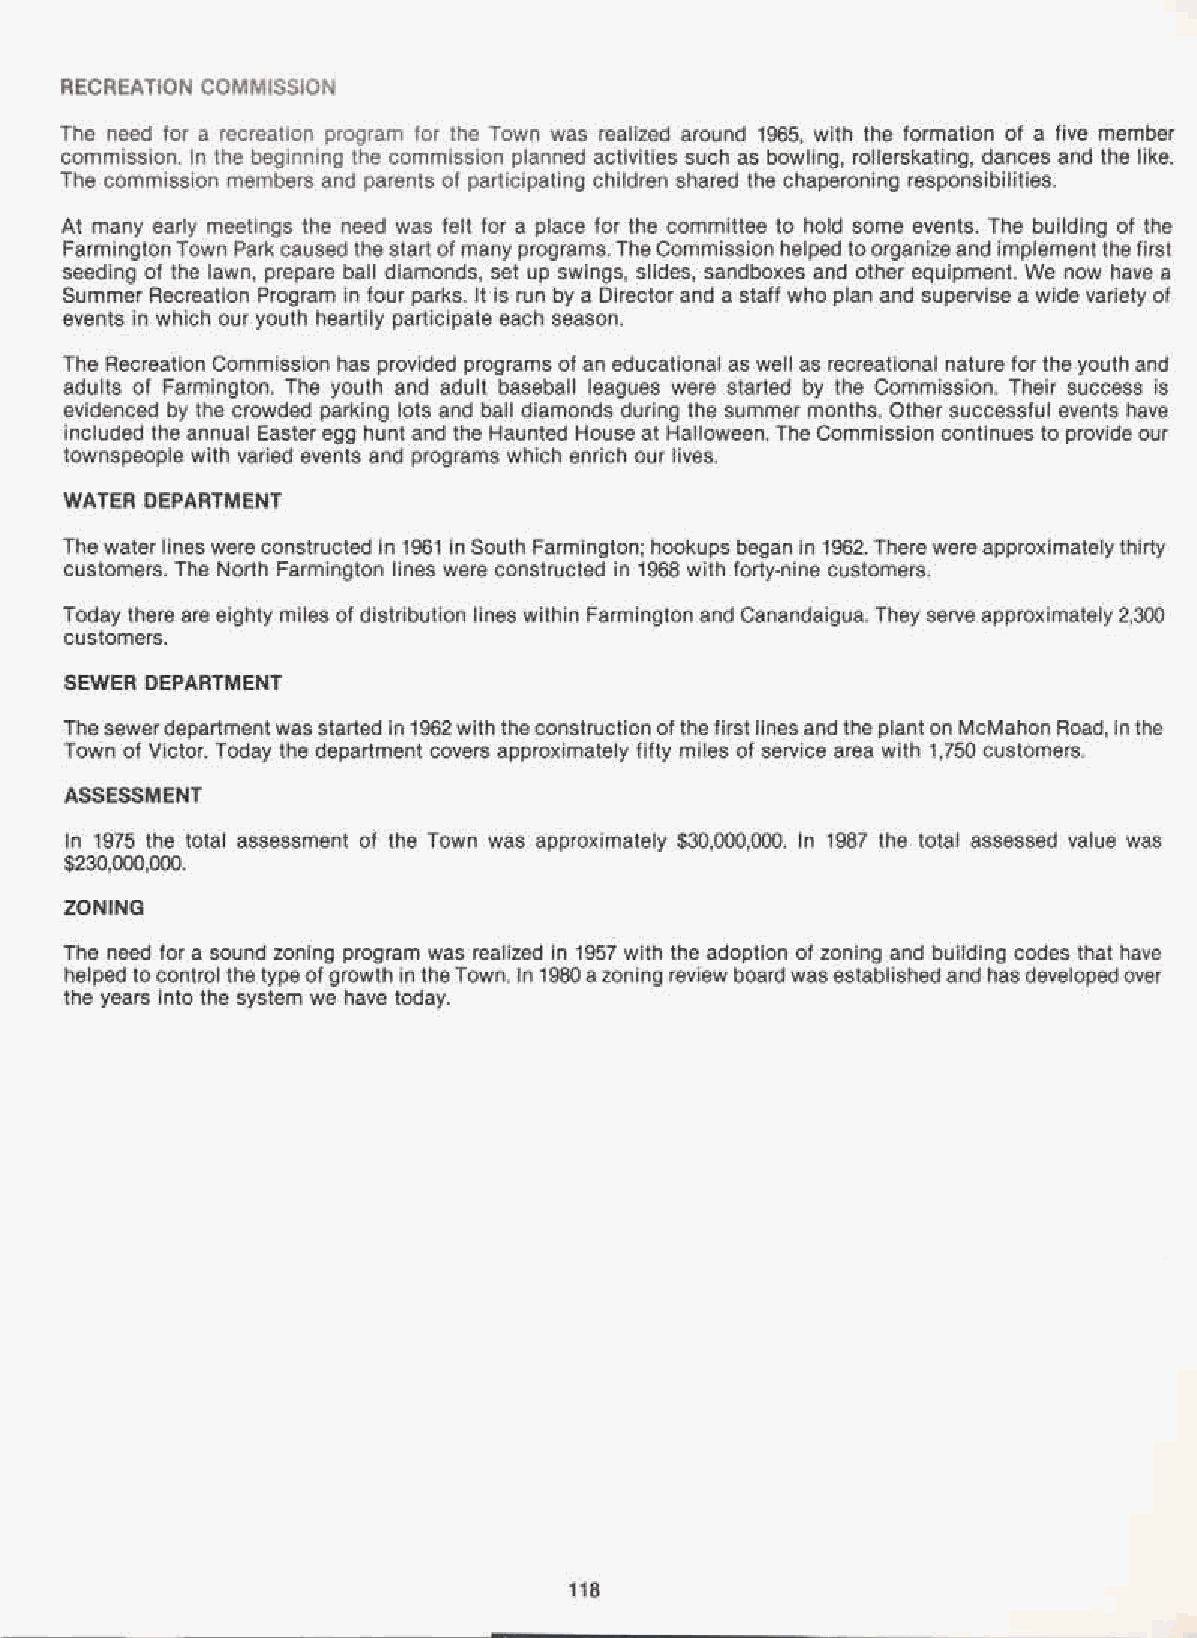
RECREATION COMMISSION
 The need for a recreation program for the Town was realized around 1965, with the formation of a five member
 commission. In the beginning the commission planned activities such as bowling, rollerskating, dances and the like.
 The commission members and parents of participating children shared the chaperoning responsibilities.
 At many early meetings the need was felt for a place for the committee to hold some events. The building of the
 FarmingtonTown Park caused the start of many programs. TheCommission helped toorganizeand implement thefirst
 seeding of the lawn, prepare ball diamonds, set up swings, slides, sandboxes and other equipment. We now have a
 Summer Recreation Program in four parks. It is run by a Director and a staff who plan and supervise a wide variety of
 events in which our youth heartily participate each season.
 The Recreation Commission has provided programs of an educational as well as recreational nature for the youth and
 adults of Farmington. The youth and adult baseball leagues were started by the Commission. Their success is
 evidenced by the crowded parking lots and ball diamonds during the summer months. Other successful events have
 included the annual Easter egg hunt and the Haunted House at Halloween. The Commission continues to provide our
 townspeople with varied events and programs which enrich our lives.
 WATER DEPARTMENT
 The water lines wereconstructed in 1961 in South Farmington; hookups began in 1962. There wereapproximatelythirty
 customers. The North Farmington lines were constructed in 1968 with forty-nine customers.
 Today there are eighty miles of distribution lines within Farmington and Canandaigua. They serve approximately 2,300
 customers.
 SEWER DEPARTMENT
 Thesewerdepartmentwasstarted in 1962with theconstruction ofthefirst linesand the planton McMahon Road, in the
 Town of Victor. Today the department covers approximately fifty miles of service area with 1,750 customers.
 ASSESSMENT
 In 1975 the total assessment of the Town was approximately $30,000,000. In 1987 the total assessed value was
 $230,000,000.
 ZONING
 The need for a sound zoning program was realized in 1957 with the adoption of zoning and building codes that have
 helped tocontrol the typeof growth in theTown. In 1980azoning review board was established and has developed over
 the years into the system we have today.
 118